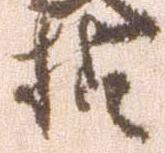
様